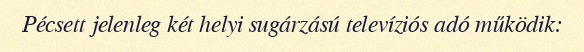
Pécsett jelenleg két helyi sugárzású televíziós adó működik: